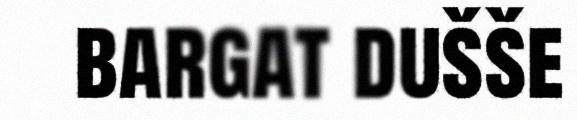
bargat dušše